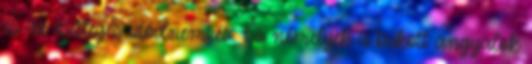
és az esetleges utódnemzés. És némelyek a bukott angyalok